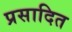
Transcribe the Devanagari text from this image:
प्रसादित